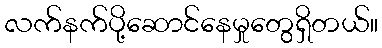
လက်နက်ပို့ဆောင်နေမှုတွေရှိတယ်။